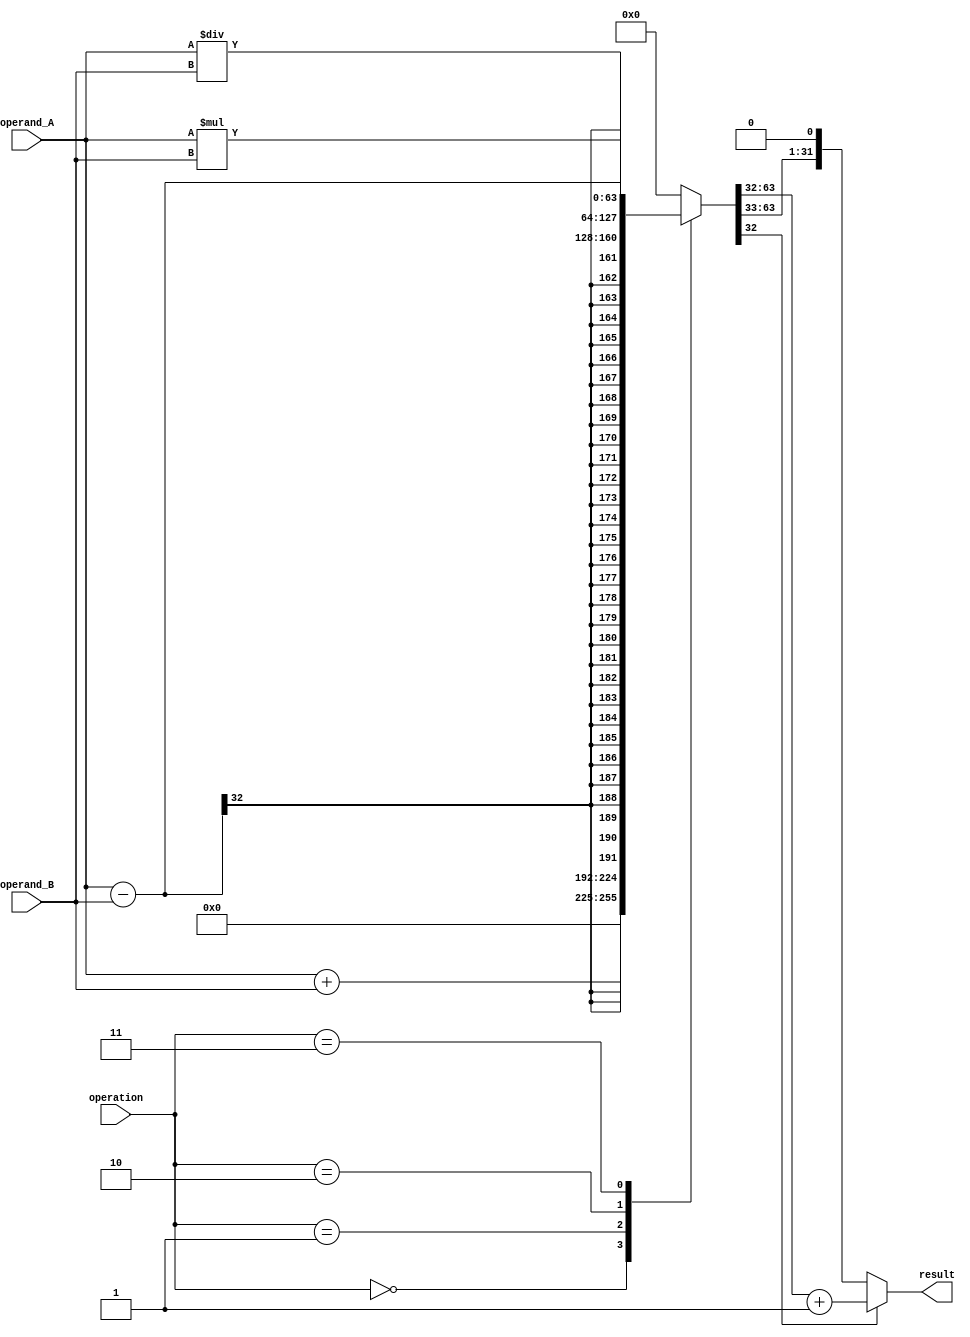
module floating_point_unit (
    input wire [31:0] operand_A,
    input wire [31:0] operand_B,
    input wire [3:0] operation,
    output wire [31:0] result
);

// Define constants for operation types
parameter ADD = 4'b0000;
parameter SUB = 4'b0001;
parameter MUL = 4'b0010;
parameter DIV = 4'b0011;

// Declare internal wires and registers for calculations
reg [63:0] result_temp;
reg [31:0] result_normalized;

// Perform arithmetic operations based on operation type
always @(*)
begin
    case(operation)
        ADD: result_temp = operand_A + operand_B;
        SUB: result_temp = operand_A - operand_B;
        MUL: result_temp = operand_A * operand_B;
        DIV: result_temp = operand_A / operand_B;
        default: result_temp = 32'h0; // Default to zero for unknown operation
    endcase
end

// Perform rounding and normalization
always @(*)
begin
    if(result_temp[32])
        result_normalized = result_temp[63:32] + 1;
    else
        result_normalized = result_temp[63:32];
end

// Assign final result to output
assign result = result_normalized;

endmodule